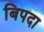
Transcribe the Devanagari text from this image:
बिपदा